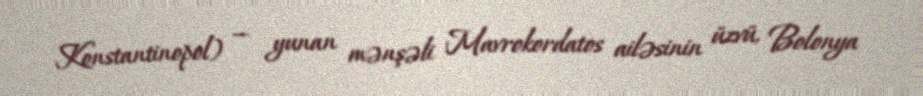
Konstantinopol) — yunan mənşəli Mavrokordatos ailəsinin üzvü, Bolonya